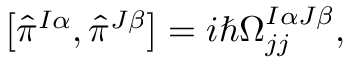
\left[ \hat { \pi } ^ { I \alpha } , \hat { \pi } ^ { J \beta } \right] = i \hbar \Omega _ { j j } ^ { I \alpha J \beta } ,